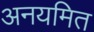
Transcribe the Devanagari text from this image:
अनयमित